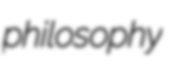
philosophy